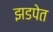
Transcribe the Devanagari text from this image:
झडपेत